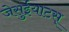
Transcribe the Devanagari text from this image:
जेसुईयाटस्